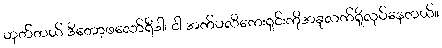
ဟုတ်တယ် ဒီတော့ဖလော်ရီဒါ၊ ငါ အက်ပလီကေးရှင်းကိုအခုလက်ရှိလုပ်နေတယ်။